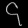
Digit: ၄